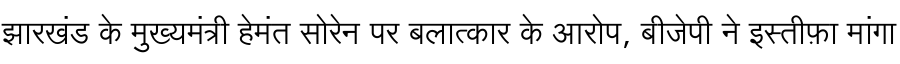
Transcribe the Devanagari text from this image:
झारखंड के मुख्यमंत्री हेमंत सोरेन पर बलात्कार के आरोप, बीजेपी ने इस्तीफ़ा मांगा